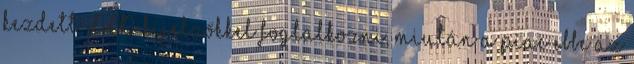
kezdett LCD kijelzőkkel foglalkozni, miután a piac ebbe az